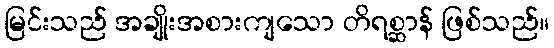
မြင်းသည် အချိုးအစားကျသော တိရစ္ဆာန် ဖြစ်သည်။